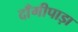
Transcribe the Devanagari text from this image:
दाँगीपाड़ा